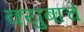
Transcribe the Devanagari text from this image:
क्युबाचे